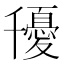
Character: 𭐰